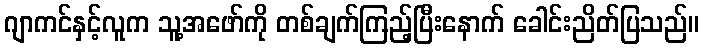
ဂျာကင်နှင့်လူက သူ့အဖော်ကို တစ်ချက်ကြည့်ပြီးနောက် ခေါင်းညိတ်ပြသည်။